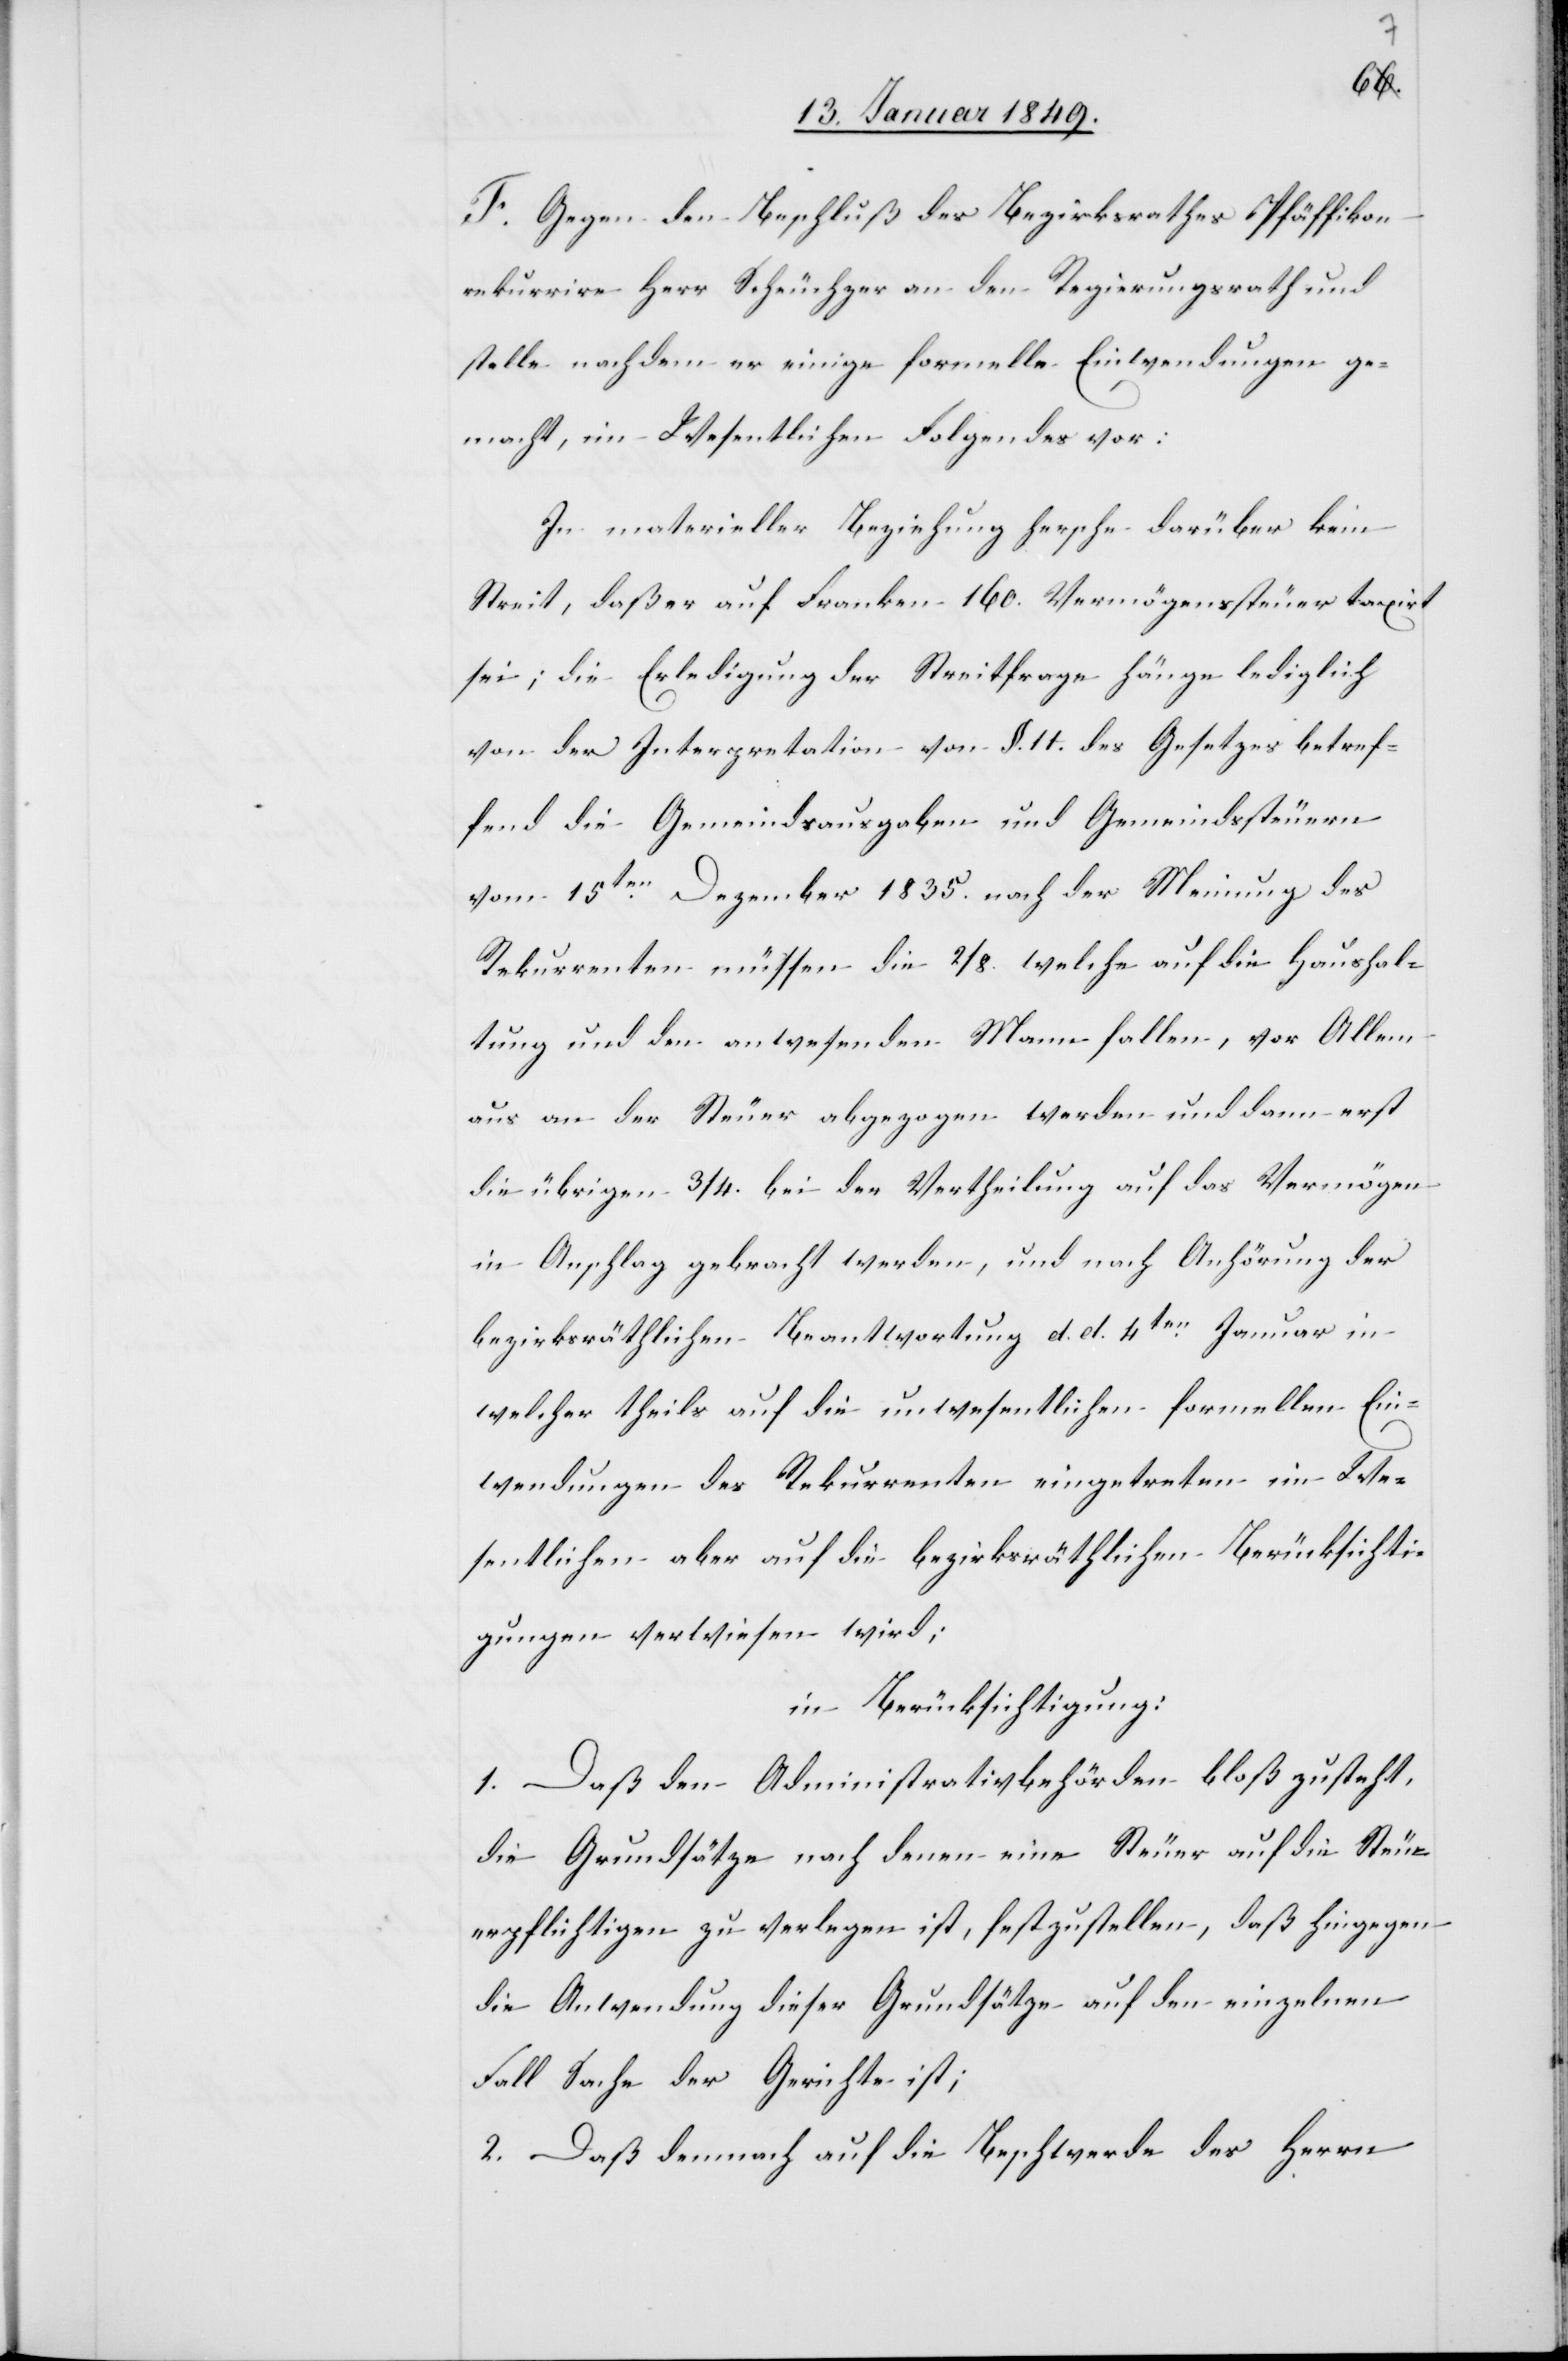
F. Gegen den Beschluß des Bezirksrathes Pfäffikon
rekurrire Herr Scheuchzer an den Regierungsrath und
stelle nachdem er einige formelle Einwendungen ge¬
macht, im Wesentlichen Folgendes vor:
In materieller Beziehung hersche darüber kein
Streit, daß er auf Franken 160. Vermögenssteuer taxirt
sei; die Erledigung der Streitfrage hänge lediglich
von der Interpretation von §. 11. des Gesetzes betref¬
fend die Gemeindsausgaben und Gemeindssteuern
vom 15ten. Dezember 1835. nach der Meinung des
Rekurrenten müssen die 2/8. welche auf die Haushal¬
tung und den anwesenden Mann fallen, vor Allem
aus an der Steuer abgezogen werden und dann erst
die übrigen 3/4. bei der Vertheilung des Vermögen
in Anschlag gebracht werden, und nach Anhörung der
bezirksräthlichen Beantwortung d. d. 4ten. Januar in
welcher theils auf die unwesentlichen formellen Ein¬
wendungen des Rekurrenten eingetreten im We¬
sentlichen aber auf die bezirksräthlichen Berücksichti¬
gungen verwiesen wird;
in Berücksichtigung:
1. Daß den Administrativbehörden bloß zusteht,
die Grundsätze nach denen eine Steuer auf die Steue¬
rpflichtigen zu verlegen ist, festzustellen, daß hingegen
die Anwendung dieser Grundsätze auf den einzelnen
Fall Sache der Gerichte ist;
2. Daß demnach auf die Beschwerde des Herrn